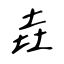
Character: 垚